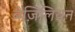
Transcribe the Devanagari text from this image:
बेज़िलियन